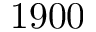
1 9 0 0